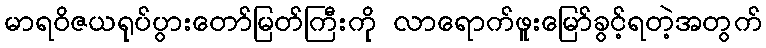
မာရဝိဇယရုပ်ပွားတော်မြတ်ကြီးကို လာရောက်ဖူးမြော်ခွင့်ရတဲ့အတွက်